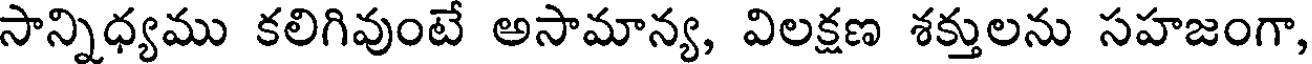
సాన్నిధ్యము కలిగివుంటే అసామాన్య, విలక్షణ శక్తులను సహజంగా,